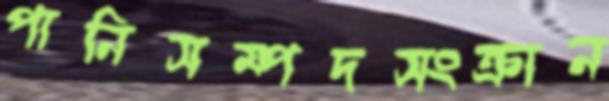
পানিসম্পদসংক্রান